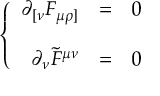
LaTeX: \left\{ \begin{array} { r c l } { { \partial _ { [ \nu } F _ { \mu \rho ] } } } & { { = } } & { { 0 } } \\ { { } } & { { } } & { { } } \\ { { \partial _ { \nu } \tilde { F } ^ { \mu \nu } } } & { { = } } & { { 0 } } \end{array} \right.